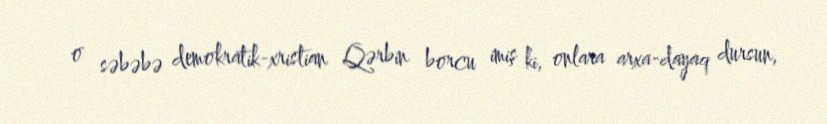
o səbəbə demokratik-xristian Qərbin borcu imiş ki, onlara arxa-dayaq dursun,